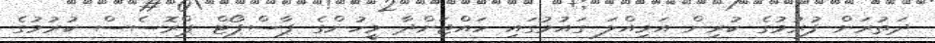
ދަތުރަށް ފުރުމުގެ ކުރިން އަމިއްލަ ގައުމުގައި ހައްޖަށްދާ މީހުންގެ ޕާސްޕޯޓް ޕްރޮސެސް ކުރުމުގެ